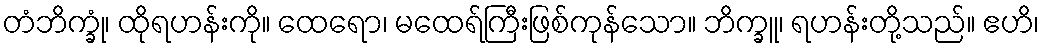
တံဘိက္ခုံ၊ ထိုရဟန်းကို။ ထေရော၊ မထေရ်ကြီးဖြစ်ကုန်သော။ ဘိက္ခူ၊ ရဟန်းတို့သည်။ ဧဟိ၊